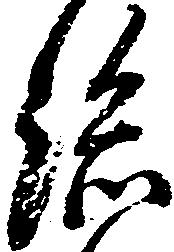
総